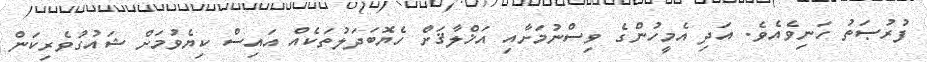
ފުރުޞަތު ހަނިވެއެވެ. އަދި އެމީހުންގެ ވިސްނުމަށާއި އަޚްލާޤަށް ހެޔޮބަދަލުތަކެއް އައިސް ކިޔެވުމަށް ޝައުގުވެރިކަން